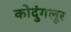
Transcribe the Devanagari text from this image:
कोदुंगलूर